Scottish Leaving Certificate Examination, 1957
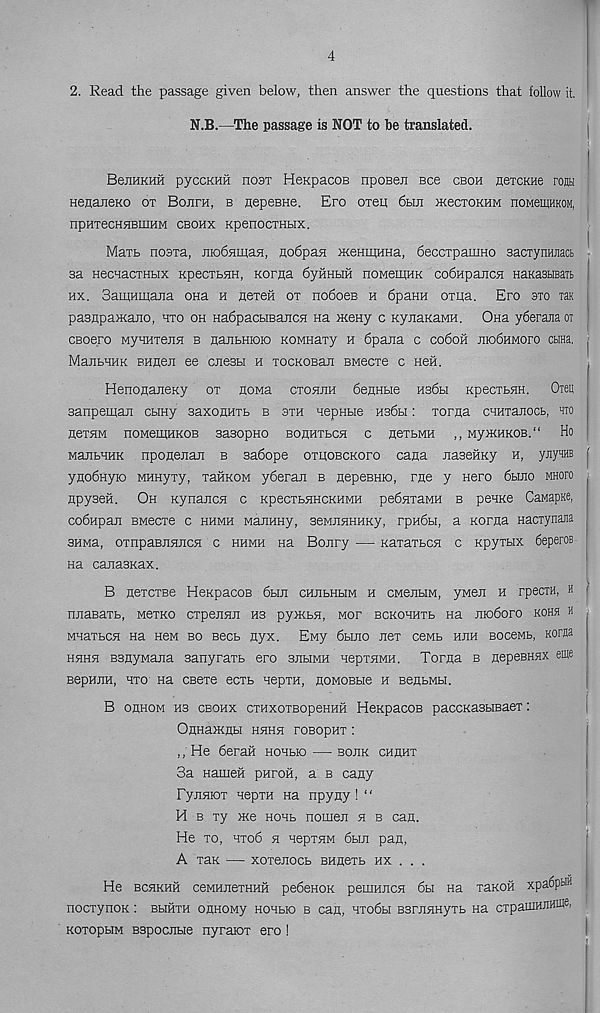
4
2. Read the passage given below, then answer the questions that follow it.
N.B.—The passage is NOT to he translated.
BennKHH pyccKHil host HeKpacoB npoBen Bee cboh HeicKHe rosH
HenaneKO ox Bojifh, b nepeBHe. Ero oxen 6bm mecTOKHM noMeinHKOM,
npHTeCHHBIIIHM CBOHX KpenocxHBix.
Mart noaxa, niobsiiuaH, nodpan xceHiUHHa, deccxpamHO BacxynHJiact -
sa HecuacTHbix KpecxtHH, Korna 6yvmhm noMemHK codupajica HaKasbiBarh
hx. Samumana ona h nexen ox nodoeB h dpaHH oxua. Ero axo xaK j
pasnpaxcajio, uxo oh HadpacbiBancH na meny c KynaKaMH. Ona yderajiaox J
CBoero MyHHxejia b HanbHioio KOMHaxy h dpana c codon nio6nMoro cbina. ^
ManbHHK BHHen ee cnesbi h xocKOBan BMecxe c Heft.
HenonaneKy ox noMa cxohjih deflHbie hs6h KpecxbHH. Oxeu !
sanpeman cbmy saxonuxb b sxh aepHbie Hsdbi: xorna cnuxanocb, xro !
H6XHM nOMeiHHKOB 3a30pH0 BOHHXbCH C fleXbMH ,, My>KHKOB.“ Hfl
ManbHHK nponenan b sadope oxhobckoxo cana naseftny h, yjiy™ |
yuodHyno MHHyxy, xaftKOM yderau b nepeBHio, rne y Hero dbuio mhoxo
rtpyseft. Oh Kynajicsi c KpecxbHHCKHMH pedaxaMH b penue CanapKe,
codHpan BMecxe c hhmh MauHHy, aeMJiHHHKy, rpHdbi, a Korjia Hacxynajia
3HMa, oxnpaBJiHJicH c hhmh Ha Bojiry — KaxaxbCH c Kpyxbix deperoB
na canasKax.
B nexcxBe HeKpacoB dbm chjibhbim h cMenbiM, yMen h rpecxH, h <
njiaBaxb, m6xko cxpenHJi H3 py>KbH, mox bckohhxb na Jirodoro kohs h ,
MuaxbCH na Hen bo bccb nyx. EMy dbino nex ceMb hjih BoceMb, Korna
hhhh BsrtyMana sanyraxb ero suhmh aepxHMH. Toraa b nepeBHHX eme ;
BepHnH, hxo na csexe ecxb nepxn, noMOBbie h senbMbi.
B ohhom H3 cbohx cxHxoxBopeHHft HeKpacoB paccKasbmaex:
OnHamflbi hhhh roBopnx:
,; He deraft Honbio — bojik chhhx
3a Hameft puroft, a b cany
FyuHiox aepxH na npyny! “
H b xy me HOHb nomen h b can.
He xo, Hxob h nepxHM dbm pan,
A xax — xoxenocb BHnexb hx . . .
He BCHKHft ceMHnexHHH pedenoK peuiHncH du na xanoft xpadpt® j
nocxynoK: BbiftxH onnoMy hohbio b can, nxodbi BsruHHyxb na cxpauMJfflUA
KOxopbiM Bspocjibie nyraiox ero !